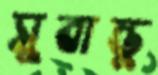
সুবান্তু